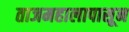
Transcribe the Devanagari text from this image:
ताजमहालापासून